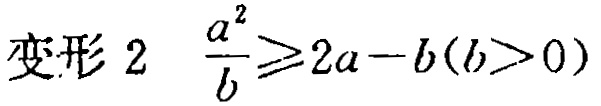
变形 2 \(\frac{a^{2}}{b}\geqslant2a - b(b>0)\)